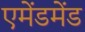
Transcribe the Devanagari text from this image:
एमेंडमेंड